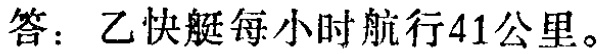
答：乙快艇每小时航行41公里。